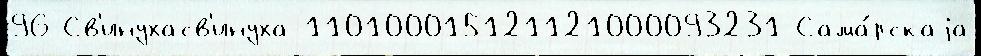
96 Св'инухасв'инуха 110100015121121000093231 Сама́рскаjа